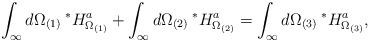
LaTeX: \begin{align*}\int_{\infty} d\Omega_{(1)} \> {}^*H^a_{\Omega_{(1)}} + \int_{\infty} d\Omega_{(2)} \>{}^*H^a_{\Omega_{(2)}} = \int_{\infty} d\Omega_{(3)} \>{}^*H^a_{\Omega_{(3)}},\end{align*}